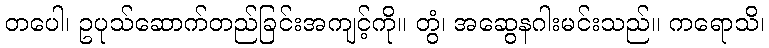
တပေါ၊ ဥပုသ်ဆောက်တည်ခြင်းအကျင့်ကို။ တွံ၊ အဆွေနဂါးမင်းသည်။ ကရောသိ၊